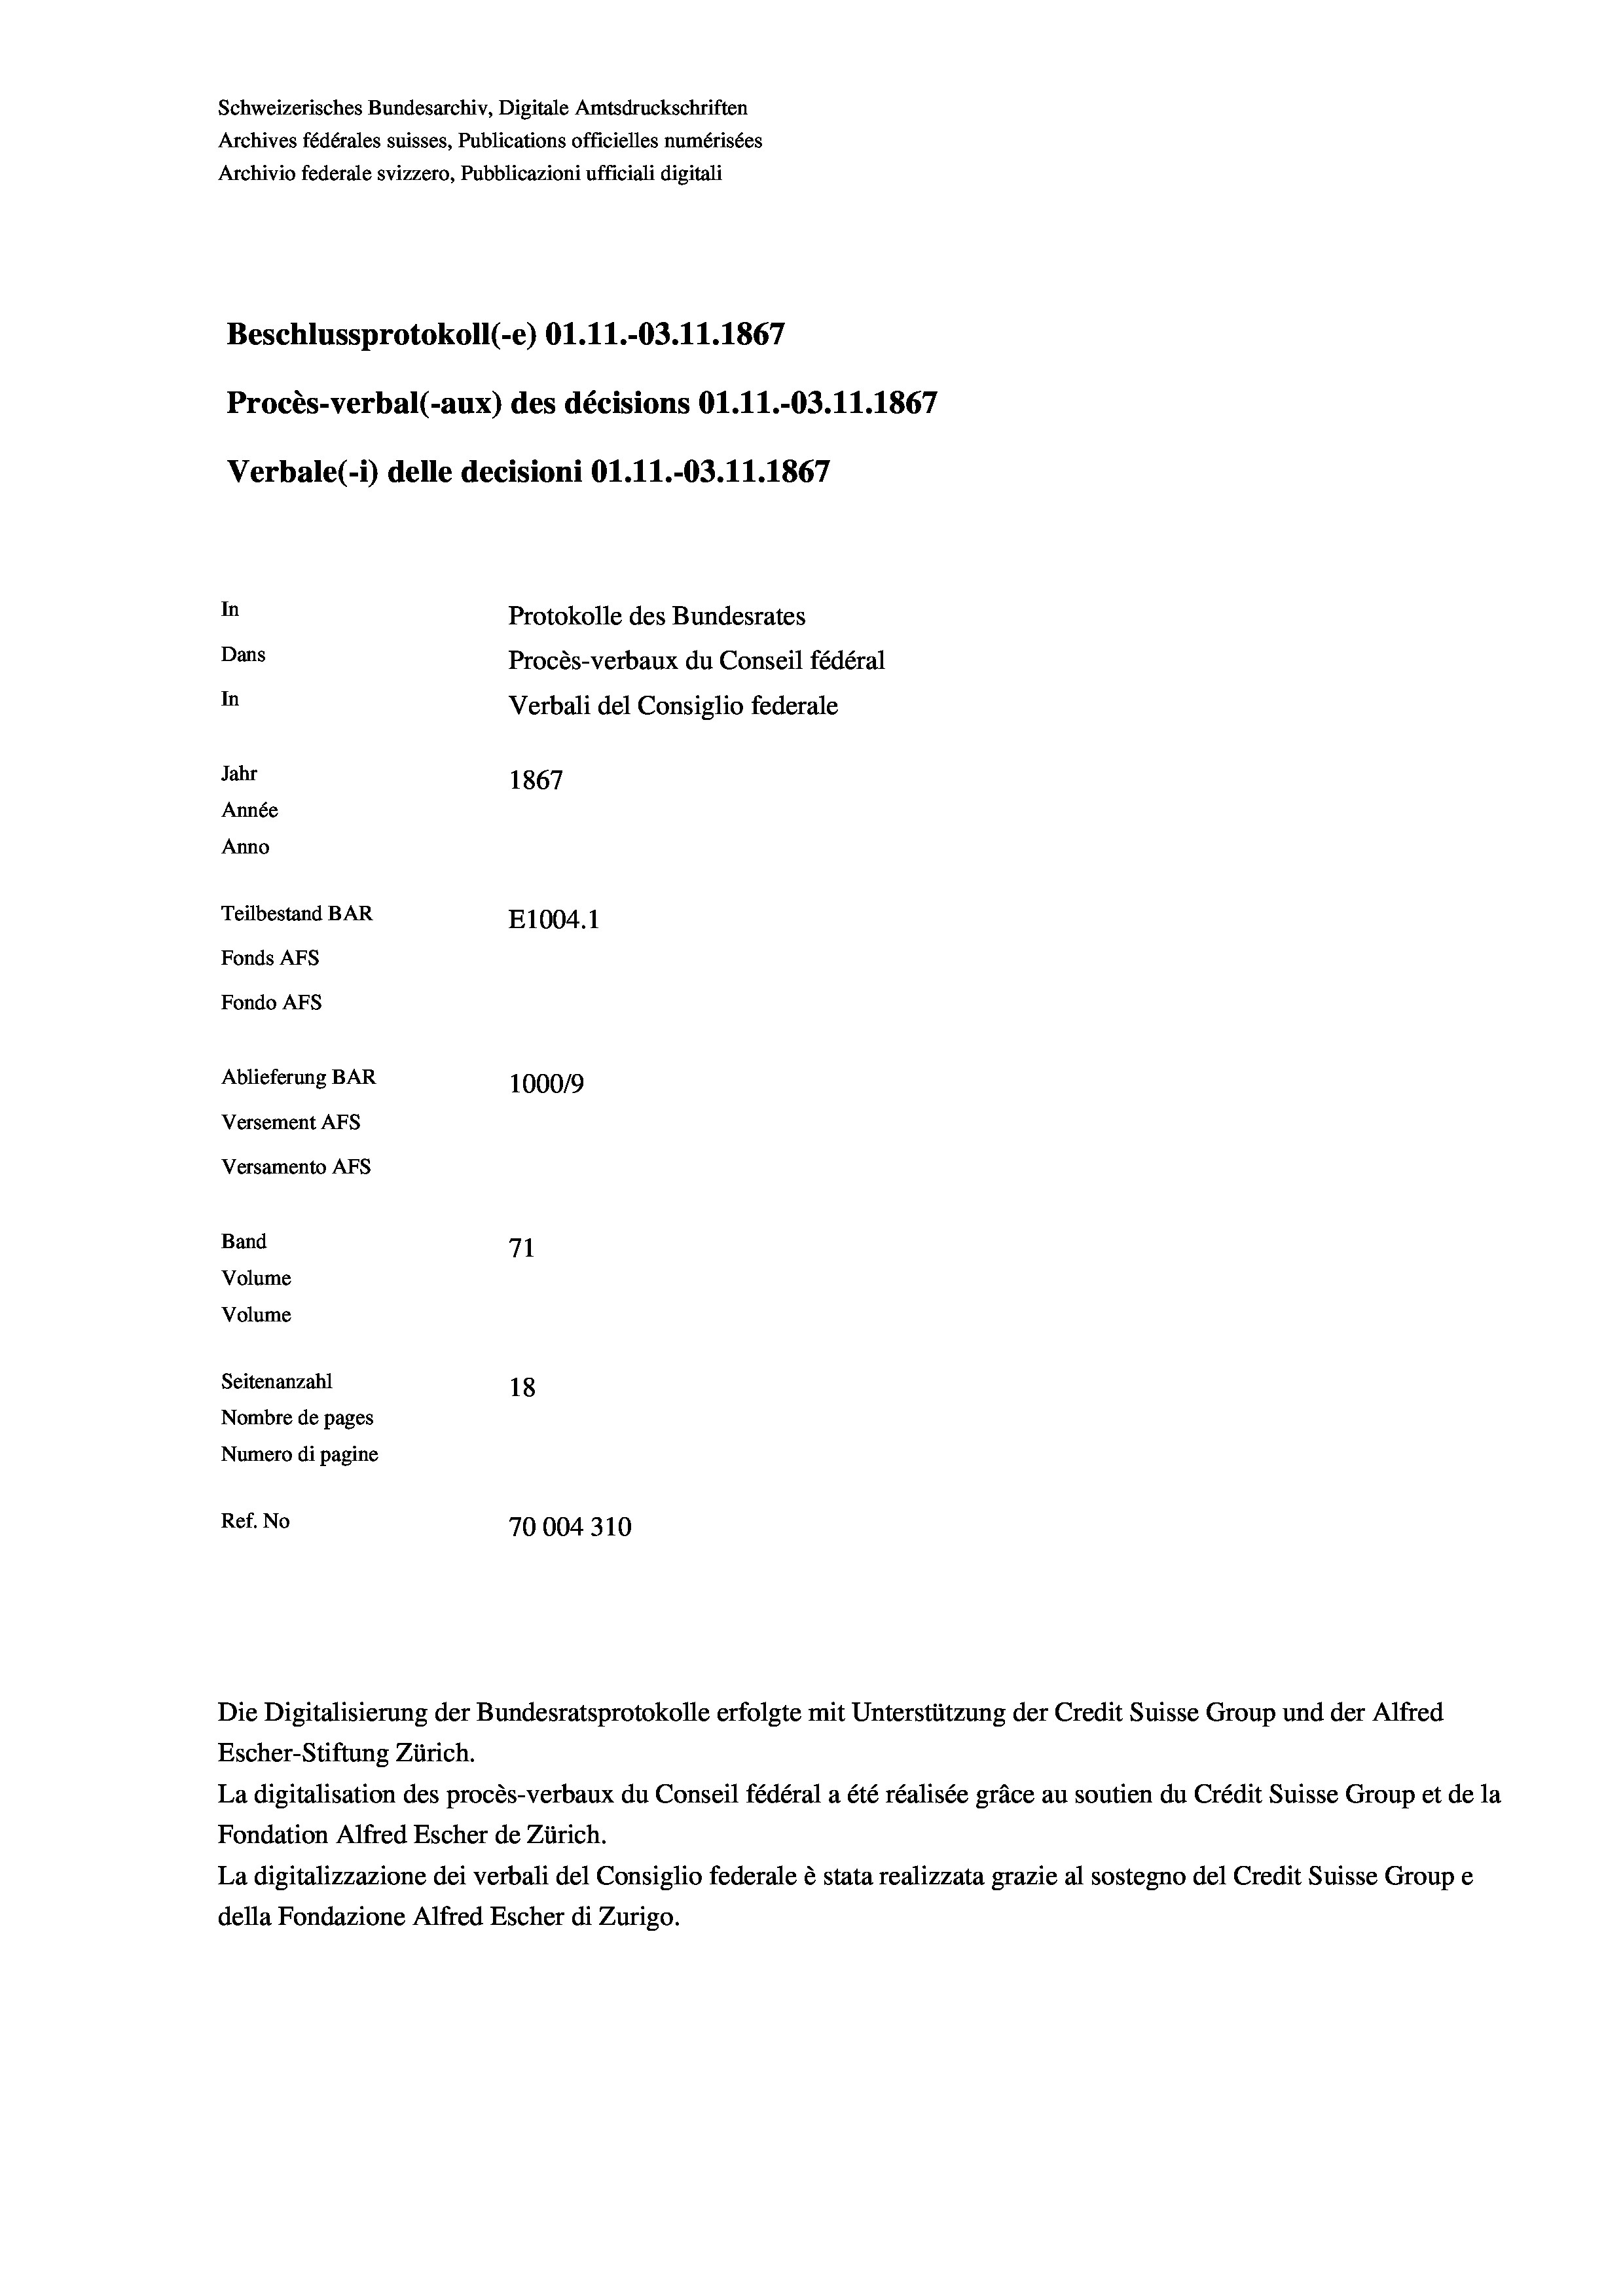
Schweizerisches Bundesarchiv, Digitale Amtsdruckschriften
Archives fédérales suisses, Publications officielles numérisées
Archivio federale svizzero, Pubblicazioni ufficiali digitali
Beschlussprotokoll (-e) O1.11.-03.11.1867
Procès-verbal (-aux) des décisions O1.11.-03.11.1867
Verbale(-*) delle decisioni Ol.11.-03.11.1867
In
Protokolle des Bundesrates
Dans
Procès-verbaux du Conseil fédéral
In
Verbali del Consiglio federale
Jahr
1867
Année
Anno
Teilbestand BAR
E1004.1
Fonds AFs
Fondo AFs
Ablieferung BAR
100019
Versement AFs
Versamento AFs
Band
71
Volume
Volume
Seitenanzahl
18
Nombre de pages
Numero di pagine
Ref. No
70004310

Die Digitalisierung der Bundesratsprotokolle erfolgte mit Unterstützung der Credit Suisse Group und der Alfred
Escher-Stiftung Zürich.
La digitalisation des procès-verbaux du Conseil fédéral a été réalisée gräce au soutien du Crédit Suisse Group et de la
Fondation Alfred Escher de Zürich.
La digitalizzazione dei verbali del Consiglio federale è stata realizzata grazie al sostegno del Credit Suisse Groupe
della Fondazione Alfred Escher di Zurigo.